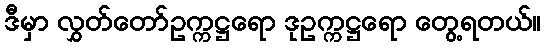
ဒီမှာ လွှတ်တော်ဥက္ကဋ္ဌရော ဒုဥက္ကဋ္ဌရော တွေ့ရတယ်။